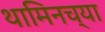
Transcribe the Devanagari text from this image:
थामिनच्या